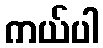
ကယ်ပါ